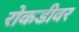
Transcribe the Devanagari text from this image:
रोकडीवर